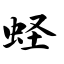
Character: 蛏